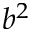
b ^ { 2 }